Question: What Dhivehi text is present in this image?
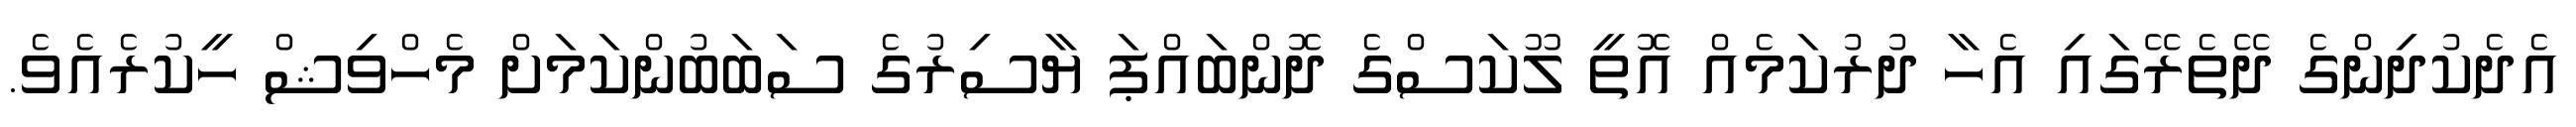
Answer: އެދެކުދިންގެ ދޭތެރޭގައި އެހާ ދުރުކަމެއް އޮތީ ލޫކަސްގެ ދޮންބައްޕަ ޔާސިރުގެ ސަބަބުންކަމަށް މެހްވިޝް ހީކުރެއެވެ.